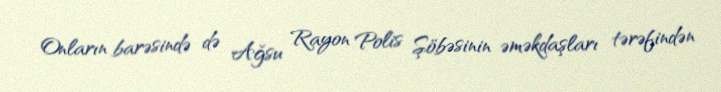
Onların barəsində də Ağsu Rayon Polis Şöbəsinin əməkdaşları tərəfindən